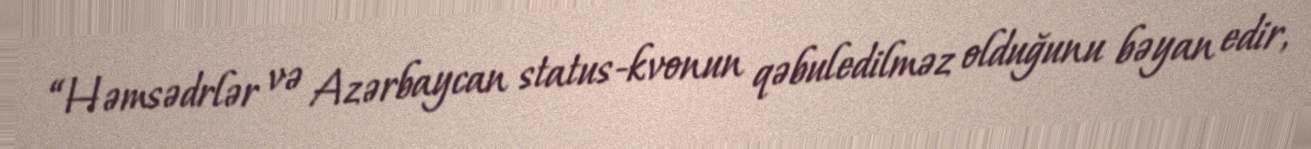
“Həmsədrlər və Azərbaycan status-kvonun qəbuledilməz olduğunu bəyan edir,